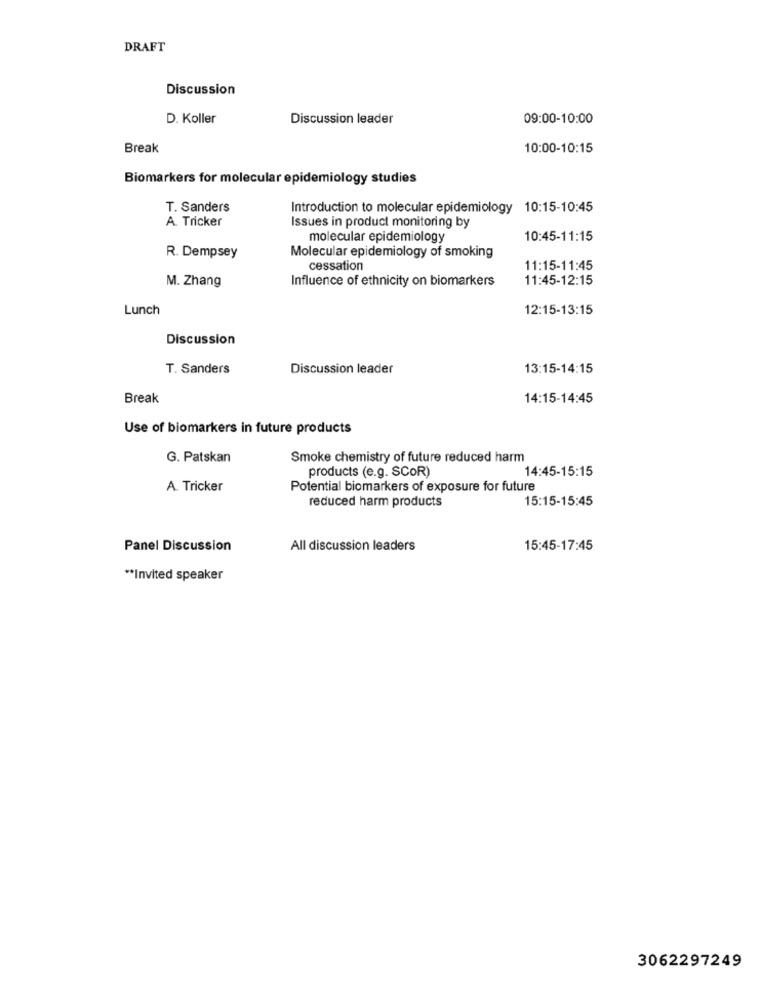
DRAFT
Discussion
D. Koller
Discussion leader
09:00-10:00
Break
10:00-10:15
Biomarkers for molecular epidemiology studies
T. Sanders
Introduction to molecular epidemiology 10:15-10:45
A. Tricker
Issues in product monitoring by
molecular epidemiology
10:45-11:15
Molecular epidemiology of smoking
R. Dempsey
cessation
11:15-11:45
Influence of ethnicity on biomarkers
11:45-12:15
M. Zhang
Lunch
12:15-13:15
Discussion
T. Sanders
Discussion leader
13:15-14:15
Break
14:15-14:45
Use of biomarkers in future products
G. Patskan
Smoke chemistry of future reduced harm
products (e.g. SCOR)
14:45-15:15
A. Tricker
Potential biomarkers of exposure for future
reduced harm products
15:15-15:45
Panel Discussion
All discussion leaders
15:45-17:45
** Invited speaker
3062297249